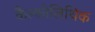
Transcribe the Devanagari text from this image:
कैल्कोलिथिक